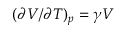
( \partial V / \partial T ) _ { p } = \gamma V